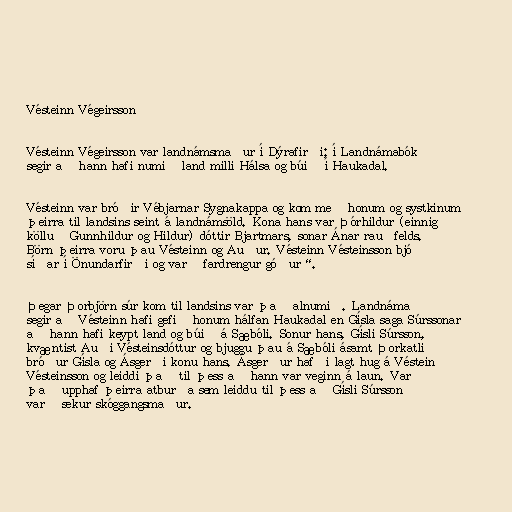
Vésteinn Végeirsson

Vésteinn Végeirsson var landnámsmaður í Dýrafirði; í Landnámabók
segir að hann hafi numið land milli Hálsa og búið í Haukadal.

Vésteinn var bróðir Vébjarnar Sygnakappa og kom með honum og systkinum
þeirra til landsins seint á landnámsöld. Kona hans var Þórhildur (einnig
kölluð Gunnhildur og Hildur) dóttir Bjartmars, sonar Ánar rauðfelds.
Börn þeirra voru þau Vésteinn og Auður. Vésteinn Vésteinsson bjó
síðar í Önundarfirði og var „fardrengur góður“.

Þegar Þorbjörn súr kom til landsins var það alnumið. Landnáma
segir að Vésteinn hafi gefið honum hálfan Haukadal en Gísla saga Súrssonar
að hann hafi keypt land og búið á Sæbóli. Sonur hans, Gísli Súrsson,
kvæntist Auði Vésteinsdóttur og bjuggu þau á Sæbóli ásamt Þorkatli
bróður Gísla og Ásgerði konu hans. Ásgerður hafði lagt hug á Véstein
Vésteinsson og leiddi það til þess að hann var veginn á laun. Var
það upphaf þeirra atburða sem leiddu til þess að Gísli Súrsson
varð sekur skóggangsmaður.